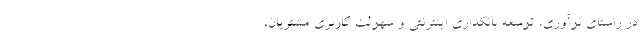
در راستای نوآوری، توسعه بانکداری اینترنتی و سهولت کاربری مشتریان،